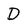
Character: D